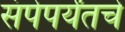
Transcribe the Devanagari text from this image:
संपेपर्यंतचे